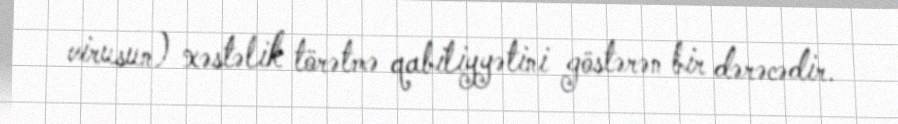
virusun) xəstəlik törətmə qabiliyyətini göstərən bir dərəcədir.